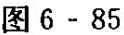
图6-85